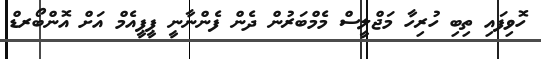
ހޮވިފައި ތިބި ހުރިހާ މަޖްލީސް މެމްބަރުން ދެން ފެންނާނީ ޕީޕީއެމް އަށް އޮންބޯރޑް